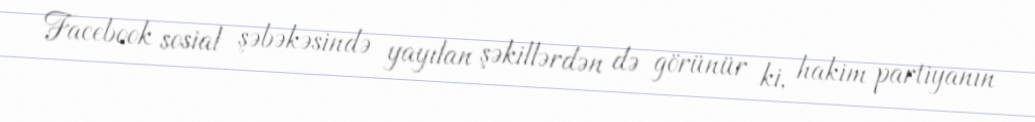
Facebook sosial şəbəkəsində yayılan şəkillərdən də görünür ki, hakim partiyanın